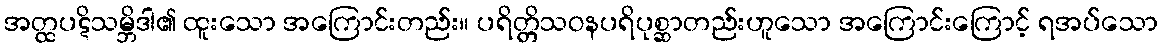
အတ္ထပဋိသမ္ဘိဒါ၏ ထူးသော အကြောင်းတည်း။ ပရိတ္တိသဝနပရိပုစ္ဆာတည်းဟူသော အကြောင်းကြောင့် ရအပ်သော